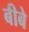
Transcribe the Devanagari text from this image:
बीबे